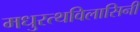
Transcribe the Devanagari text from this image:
मधुरत्थविलासिनी